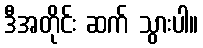
ဒီအတိုင်း ဆက် သွားပါ။